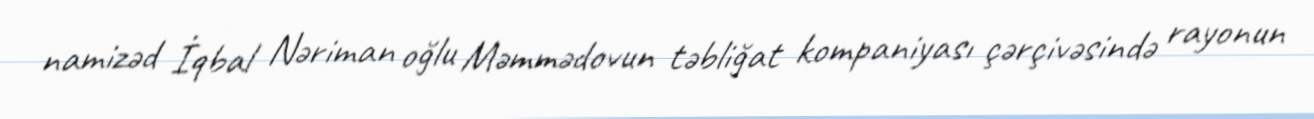
namizəd İqbal Nəriman oğlu Məmmədovun təbliğat kompaniyası çərçivəsində rayonun